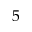
5